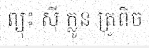
ព្យុះ ស៊ី ក្លូន ត្រូពិច